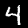
Digit: 4